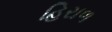
હિરાળ